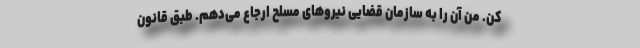
کن. من آن را به سازمان قضایی نیروهای مسلح ارجاع می‌دهم. طبق قانون